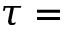
\tau =